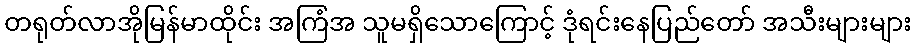
တရုတ်လာအိုမြန်မာထိုင်း အကြံအ သူမရှိသောကြောင့် ဒုံရင်းနေပြည်တော် အသီးများများ